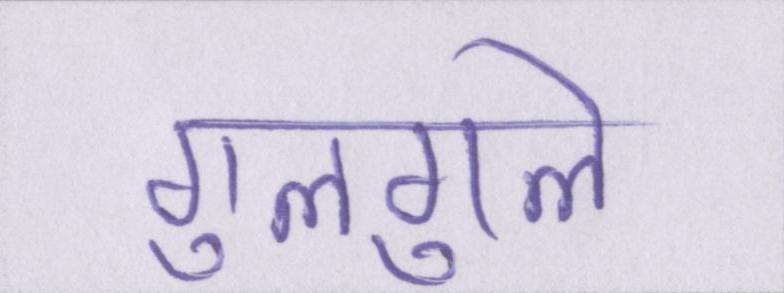
गुलगुले